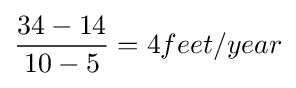
{\frac {34-14}{10-5}}=4feet/year